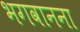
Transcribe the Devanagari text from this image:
भगवानना